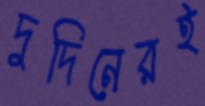
দুদিনেরই